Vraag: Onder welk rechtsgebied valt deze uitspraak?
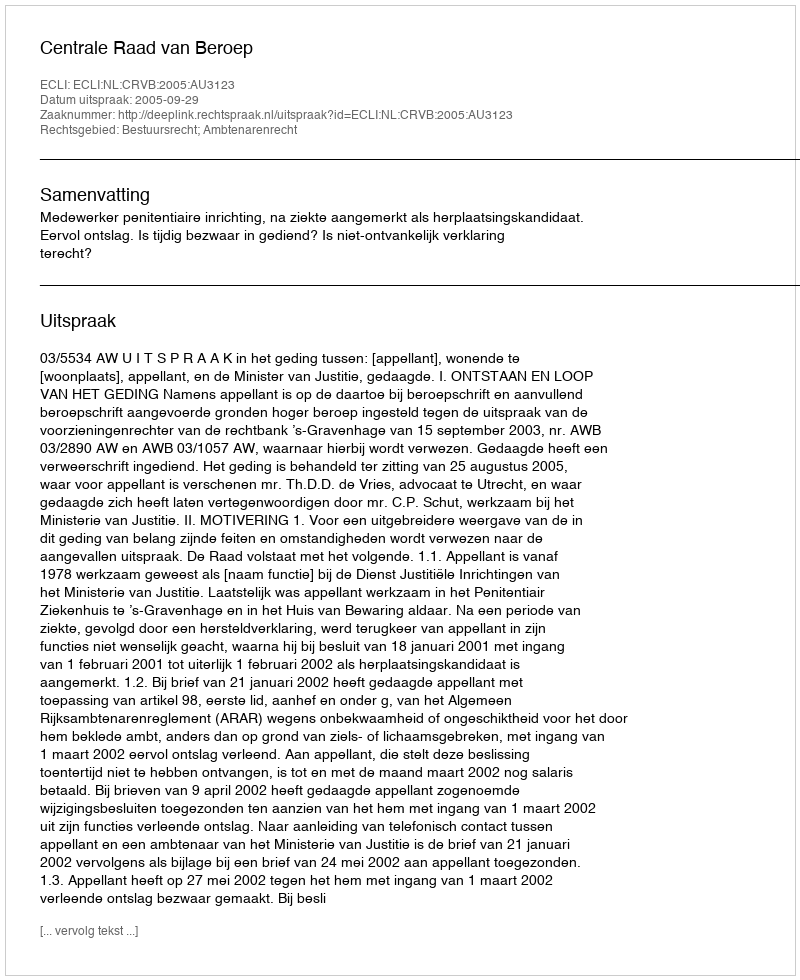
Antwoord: Bestuursrecht; Ambtenarenrecht